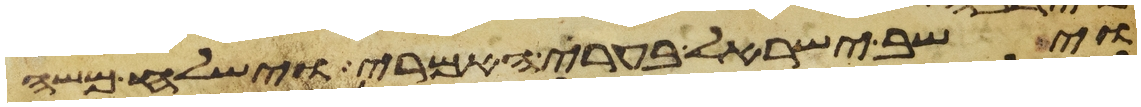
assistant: וישב ישראל בערי האמרי וישלח משה